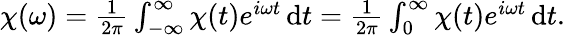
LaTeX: \begin{array}{r}{\chi(\omega)=\frac{1}{2\pi}\int_{-\infty}^{\infty}\chi(t)e^{i\omega t}\, \mathrm{d}t=\frac{1}{2\pi}\int_{0}^{\infty}\chi(t)e^{i\omega t}\, \mathrm{d}t.}\end{array}